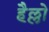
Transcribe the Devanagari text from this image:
हैल्लो